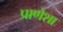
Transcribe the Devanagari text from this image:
प्राणेशा